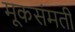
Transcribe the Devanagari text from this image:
मूकसंमती